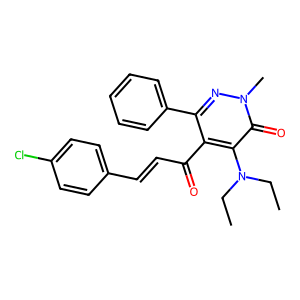
SMILES: CCN(CC)c1c(C(=O)C=Cc2ccc(Cl)cc2)c(-c2ccccc2)nn(C)c1=O
Inhibits HIV replication: No